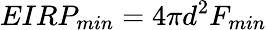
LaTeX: EIRP_{min}=4\pi d^{2}F_{min}